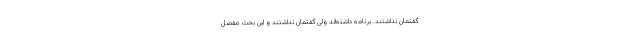
گفتمان نداشتند. برنامه داشته‌اند ولی گفتمان نداشتند و این بحث مفصل